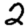
Digit: 2